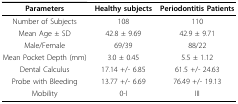
<table><thead><tr><td><b>Parameters</b></td><td><b>Healthy subjects</b></td><td><b>Periodontitis Patients</b></td></tr></thead><tbody><tr><td>Number of Subjects</td><td>108</td><td>110</td></tr><tr><td>Mean Age ± SD</td><td>42.8 ± 9.69</td><td>42.9 ± 9.71</td></tr><tr><td>Male/Female</td><td>69/39</td><td>88/22</td></tr><tr><td>Mean Pocket Depth (mm)</td><td>3.0 ± 0.45</td><td>5.5 ± 1.12</td></tr><tr><td>Dental Calculus</td><td>17.14 +/- 6.85</td><td>61.5 +/- 24.63</td></tr><tr><td>Probe with Bleeding</td><td>13.77 +/- 6.69</td><td>76.49 +/- 19.13</td></tr><tr><td>Mobility</td><td>0-I</td><td>III</td></tr></tbody></table>